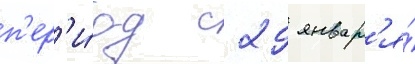
п'ер'и́од с 29 январ'я́